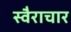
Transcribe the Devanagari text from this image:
स्वैराचार